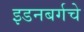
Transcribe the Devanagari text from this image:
इडनबर्गचे